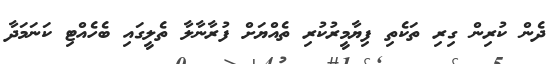
ދެން ކުރިން ގިރި ތަކެތި ފިޔާމީރުކުރި ތެއްޔަށް ފުރާނާލާ ތެލީގައި ބެހެއްޓި ކަނަމަދާ